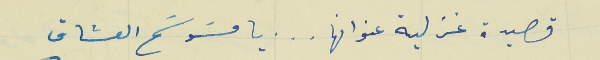
قصيدة غزلية عنوانها   .    .   .   يا مسَوسَح العشاق